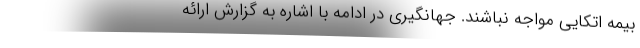
بیمه اتکایی مواجه نباشند. جهانگیری در ادامه با اشاره به گزارش ارائه